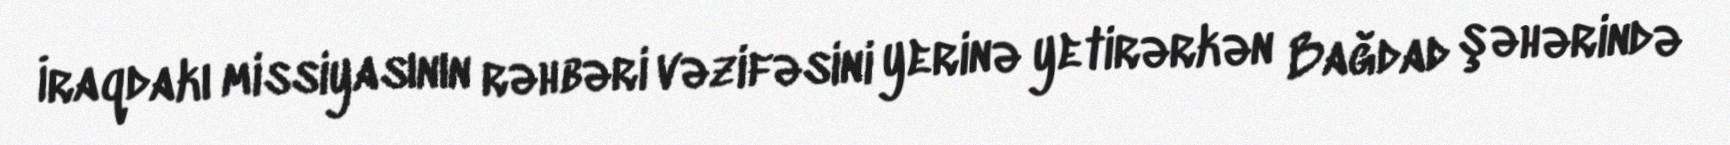
İraqdakı missiyasının rəhbəri vəzifəsini yerinə yetirərkən Bağdad şəhərində